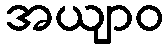
အယျာဝ